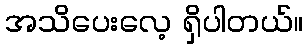
အသိပေးလေ့ ရှိပါတယ်။